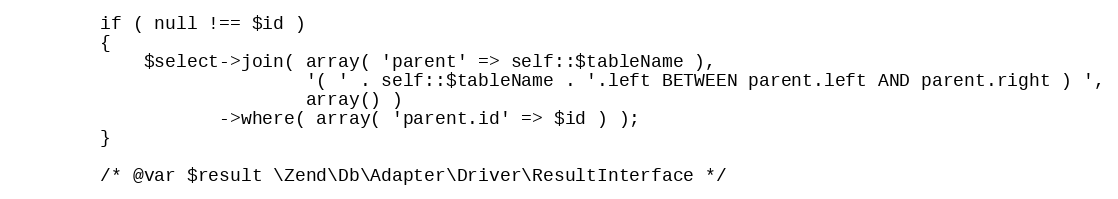
Language: PHP
        if ( null !== $id )
        {
            $select->join( array( 'parent' => self::$tableName ),
                           '( ' . self::$tableName . '.left BETWEEN parent.left AND parent.right ) ',
                           array() )
                   ->where( array( 'parent.id' => $id ) );
        }

        /* @var $result \Zend\Db\Adapter\Driver\ResultInterface */